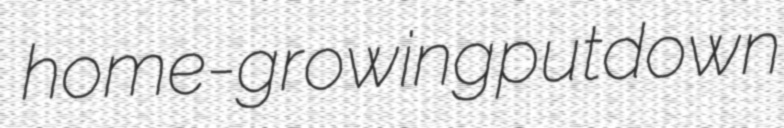
home-growing putdown